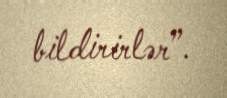
bildirirlər”.